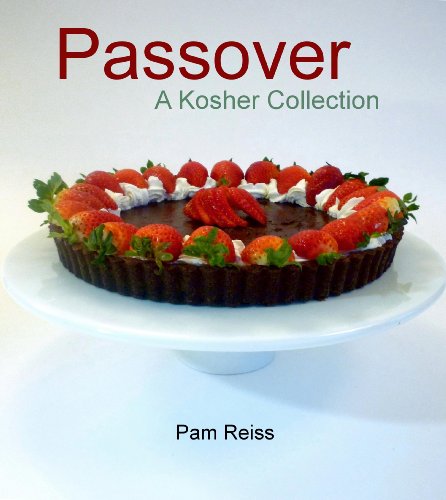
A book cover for Passover - A Kosher Collection; Pam Reiss; Cookbooks, Food & Wine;